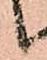
候